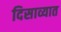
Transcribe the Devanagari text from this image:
दिसाव्यात